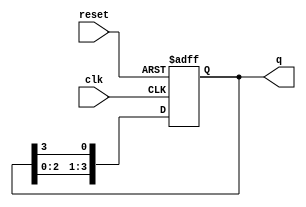
module ring_counter (
    input wire clk,          // Clock signal
    input wire reset,        // Asynchronous reset signal
    output reg [N-1:0] q     // Output of the ring counter
);
    parameter N = 4;         // Number of flip-flops (states in the ring counter)

    // Initial state of the ring counter
    initial begin
        q = 1;               // Set the initial state (only the first flip-flop is '1')
    end

    always @(posedge clk or posedge reset) begin
        if (reset) begin
            q <= 1;          // Reset the counter to initial state
        end else begin
            q <= {q[N-2:0], q[N-1]}; // Shift the '1' to the next flip-flop
        end
    end
endmodule